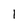
Character: 1